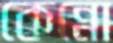
কেন্নো